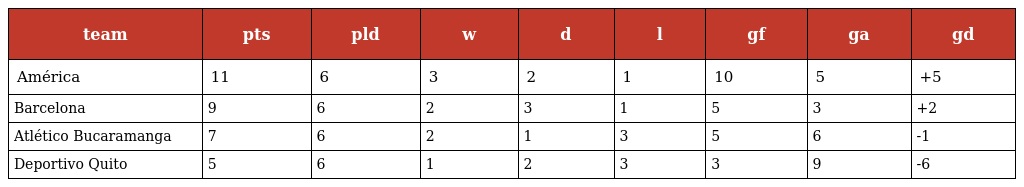
| team | pts | pld | w | d | l | gf | ga | gd |
 | --- | --- | --- | --- | --- | --- | --- | --- | --- |
 | América | 11 | 6 | 3 | 2 | 1 | 10 | 5 | +5 |
 | Barcelona | 9 | 6 | 2 | 3 | 1 | 5 | 3 | +2 |
 | Atlético Bucaramanga | 7 | 6 | 2 | 1 | 3 | 5 | 6 | -1 |
 | Deportivo Quito | 5 | 6 | 1 | 2 | 3 | 3 | 9 | -6 |